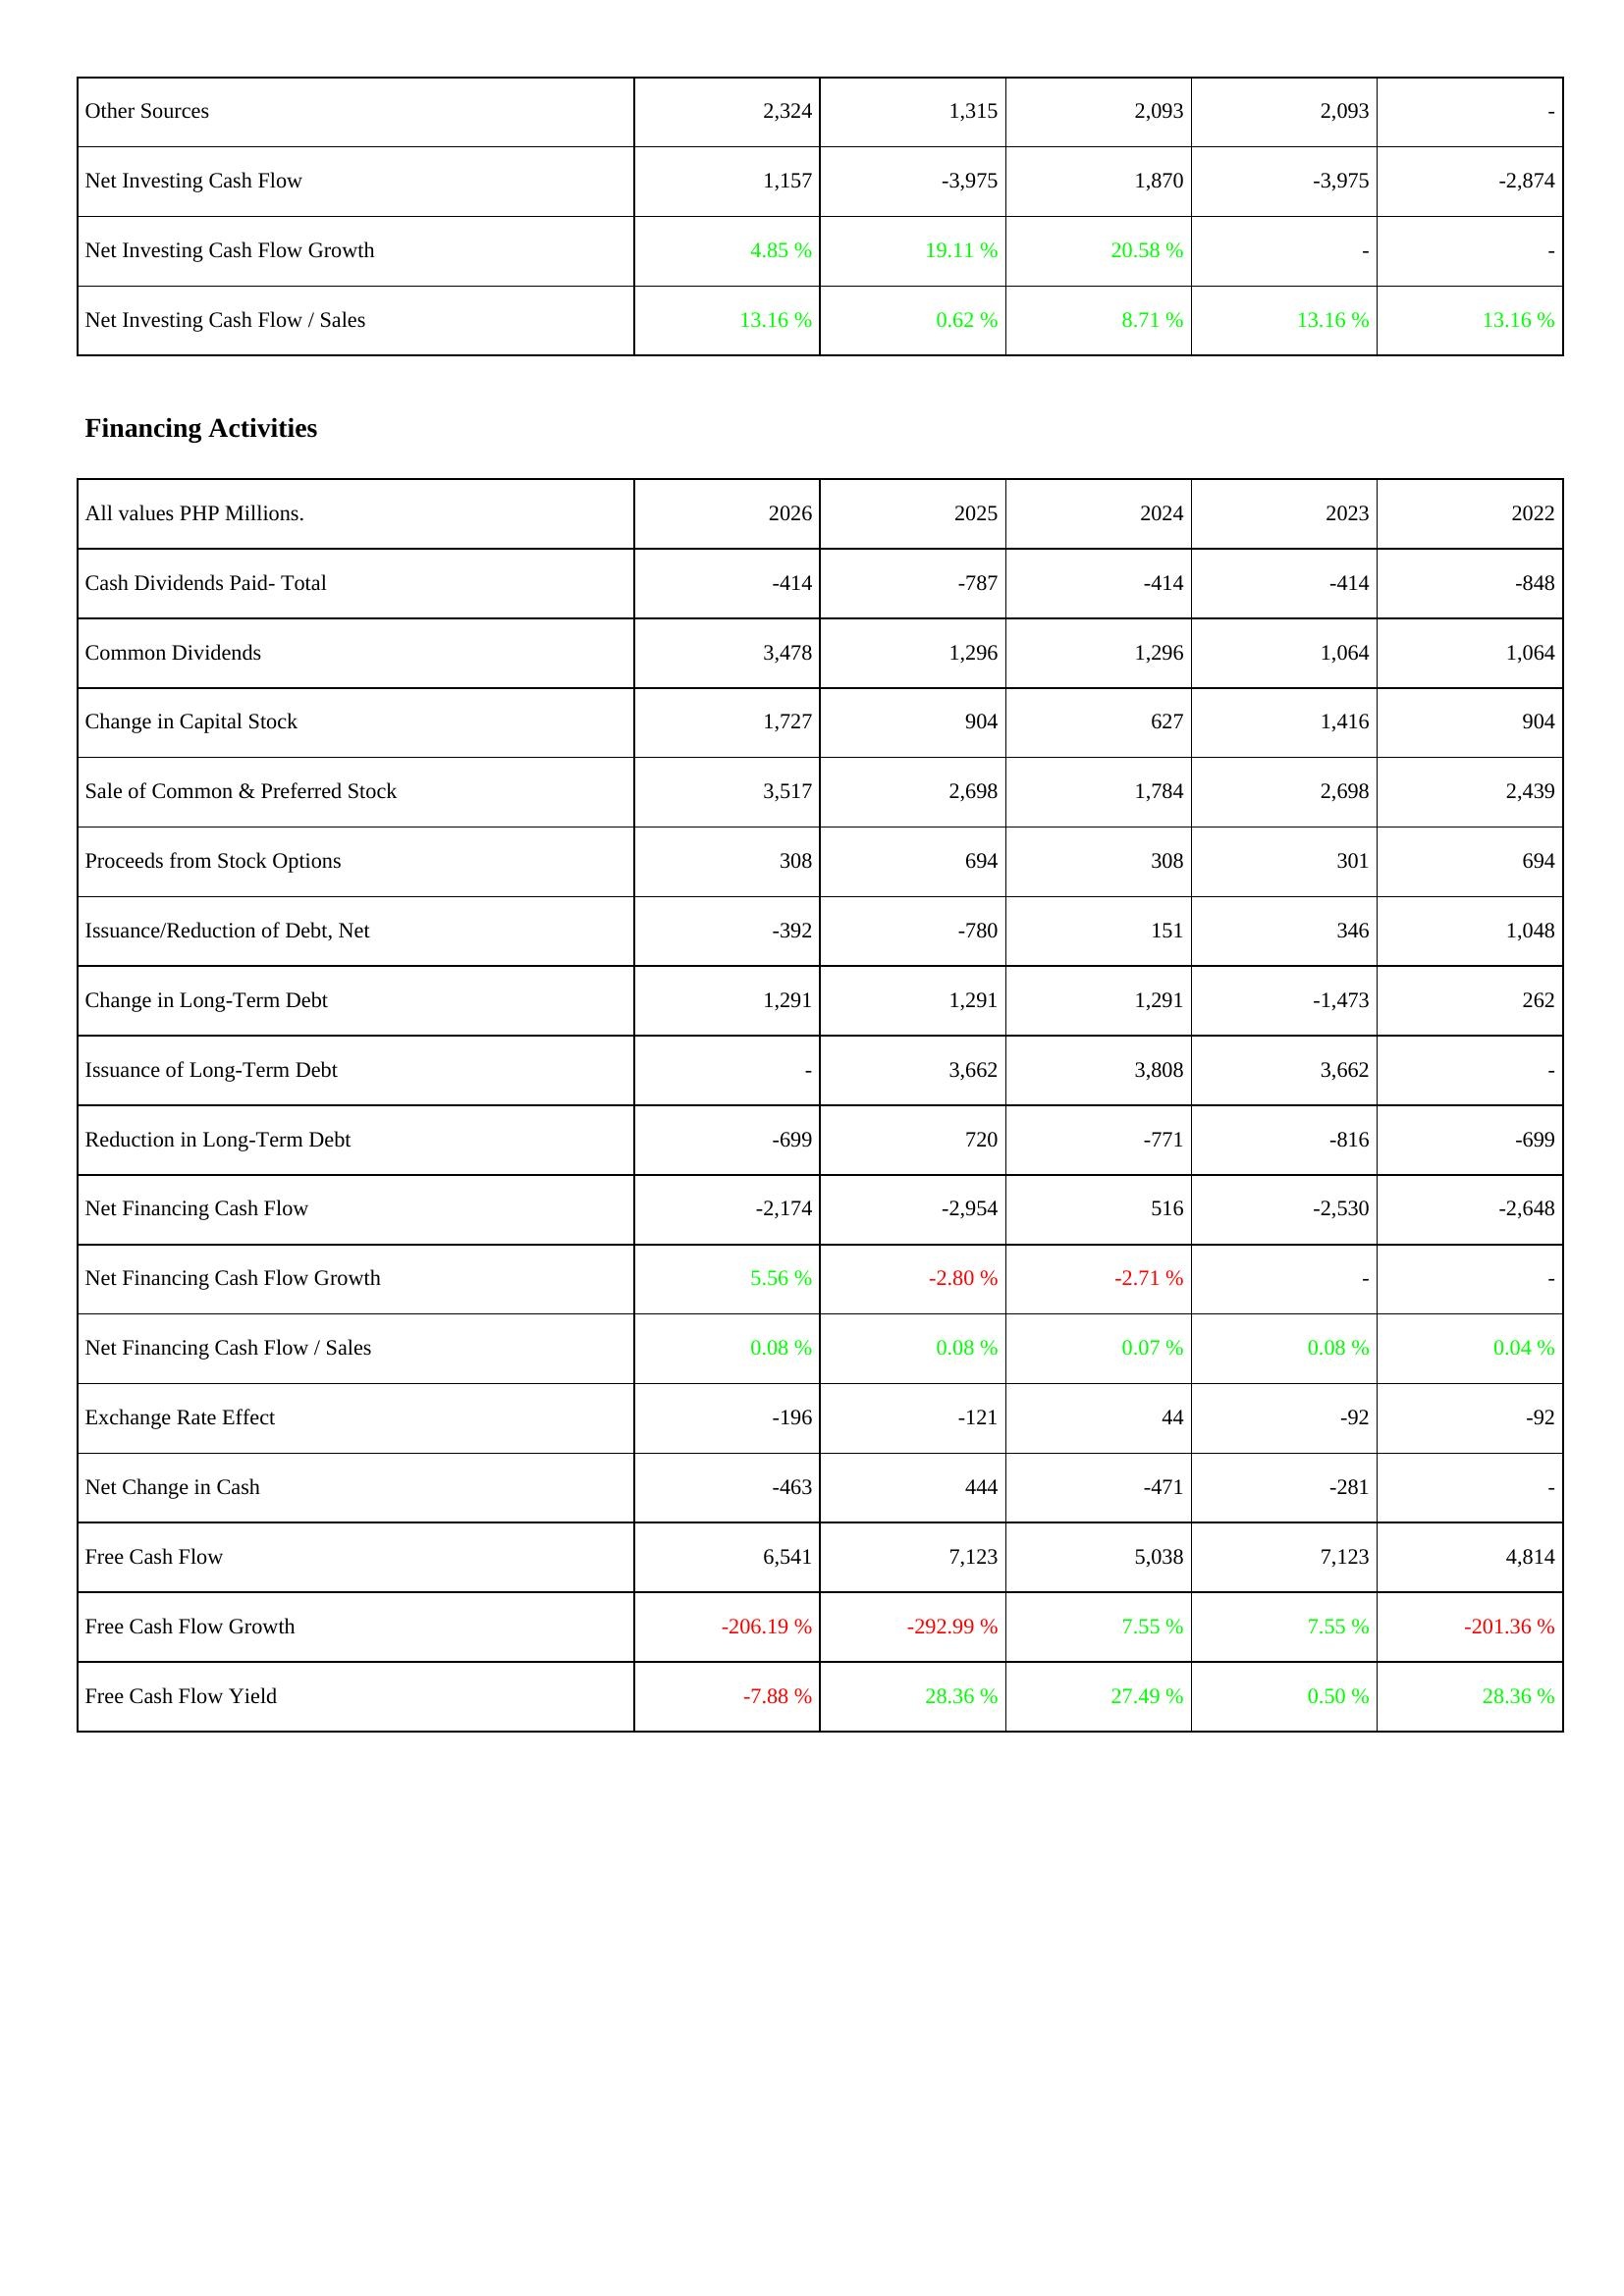
2026: Investing Activities: Other Sources: 2,324
Net Investing Cash Flow: 1,157
Net Investing Cash Flow Growth: 4.85 %
Net Investing Cash Flow / Sales: 13.16 %
Financing Activities: Cash Dividends Paid- Total: -414
Common Dividends: 3,478
Change in Capital Stock: 1,727
Sale of Common & Preferred Stock: 3,517
Proceeds from Stock Options: 308
Issuance/Reduction of Debt, Net: -392
Change in Long-Term Debt: 1,291
Issuance of Long-Term Debt: -
Reduction in Long-Term Debt: -699
Net Financing Cash Flow: -2,174
Net Financing Cash Flow Growth: 5.56 %
Net Financing Cash Flow / Sales: 0.08 %
Exchange Rate Effect: -196
Net Change in Cash: -463
Free Cash Flow: 6,541
Free Cash Flow Growth: -206.19 %
Free Cash Flow Yield: -7.88 %
2025: Investing Activities: Other Sources: 1,315
Net Investing Cash Flow: -3,975
Net Investing Cash Flow Growth: 19.11 %
Net Investing Cash Flow / Sales: 0.62 %
Financing Activities: Cash Dividends Paid- Total: -787
Common Dividends: 1,296
Change in Capital Stock: 904
Sale of Common & Preferred Stock: 2,698
Proceeds from Stock Options: 694
Issuance/Reduction of Debt, Net: -780
Change in Long-Term Debt: 1,291
Issuance of Long-Term Debt: 3,662
Reduction in Long-Term Debt: 720
Net Financing Cash Flow: -2,954
Net Financing Cash Flow Growth: -2.80 %
Net Financing Cash Flow / Sales: 0.08 %
Exchange Rate Effect: -121
Net Change in Cash: 444
Free Cash Flow: 7,123
Free Cash Flow Growth: -292.99 %
Free Cash Flow Yield: 28.36 %
2024: Investing Activities: Other Sources: 2,093
Net Investing Cash Flow: 1,870
Net Investing Cash Flow Growth: 20.58 %
Net Investing Cash Flow / Sales: 8.71 %
Financing Activities: Cash Dividends Paid- Total: -414
Common Dividends: 1,296
Change in Capital Stock: 627
Sale of Common & Preferred Stock: 1,784
Proceeds from Stock Options: 308
Issuance/Reduction of Debt, Net: 151
Change in Long-Term Debt: 1,291
Issuance of Long-Term Debt: 3,808
Reduction in Long-Term Debt: -771
Net Financing Cash Flow: 516
Net Financing Cash Flow Growth: -2.71 %
Net Financing Cash Flow / Sales: 0.07 %
Exchange Rate Effect: 44
Net Change in Cash: -471
Free Cash Flow: 5,038
Free Cash Flow Growth: 7.55 %
Free Cash Flow Yield: 27.49 %
2023: Investing Activities: Other Sources: 2,093
Net Investing Cash Flow: -3,975
Net Investing Cash Flow Growth: -
Net Investing Cash Flow / Sales: 13.16 %
Financing Activities: Cash Dividends Paid- Total: -414
Common Dividends: 1,064
Change in Capital Stock: 1,416
Sale of Common & Preferred Stock: 2,698
Proceeds from Stock Options: 301
Issuance/Reduction of Debt, Net: 346
Change in Long-Term Debt: -1,473
Issuance of Long-Term Debt: 3,662
Reduction in Long-Term Debt: -816
Net Financing Cash Flow: -2,530
Net Financing Cash Flow Growth: -
Net Financing Cash Flow / Sales: 0.08 %
Exchange Rate Effect: -92
Net Change in Cash: -281
Free Cash Flow: 7,123
Free Cash Flow Growth: 7.55 %
Free Cash Flow Yield: 0.50 %
2022: Investing Activities: Other Sources: -
Net Investing Cash Flow: -2,874
Net Investing Cash Flow Growth: -
Net Investing Cash Flow / Sales: 13.16 %
Financing Activities: Cash Dividends Paid- Total: -848
Common Dividends: 1,064
Change in Capital Stock: 904
Sale of Common & Preferred Stock: 2,439
Proceeds from Stock Options: 694
Issuance/Reduction of Debt, Net: 1,048
Change in Long-Term Debt: 262
Issuance of Long-Term Debt: -
Reduction in Long-Term Debt: -699
Net Financing Cash Flow: -2,648
Net Financing Cash Flow Growth: -
Net Financing Cash Flow / Sales: 0.04 %
Exchange Rate Effect: -92
Net Change in Cash: -
Free Cash Flow: 4,814
Free Cash Flow Growth: -201.36 %
Free Cash Flow Yield: 28.36 %